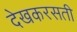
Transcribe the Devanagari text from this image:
देखकरसती